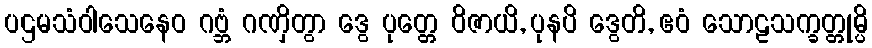
ပဌမသံဝါသေနေဝ ဂဗ္ဘံ ဂဏှိတွာ ဒွေ ပုတ္တေ ဝိဇာယိ, ပုနပိ ဒွေတိ, ဧဝံ သောဠသက္ခတ္တုမ္ပိ